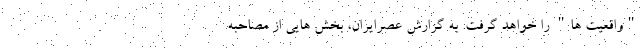
"واقعیت ها" را خواهد گرفت. به گزارش عصرایران، بخش هایی از مصاحبه